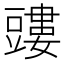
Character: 𧰃